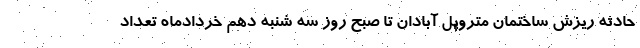
حادثه ریزش ساختمان متروپل آبادان تا صبح روز سه شنبه دهم خردادماه تعداد